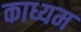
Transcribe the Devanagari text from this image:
काध्यम